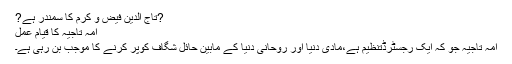
?تاج الدین فیض و کرم کا سمندر ہے?
امہ تاجیہ کا قیام عمل
امہ تاجیہ جو کہ ایک رجسٹرڈتنظیم ہے،مادی دنیا اور روحانی دنیا کے مابین حائل شگاف کوپر کرنے کا موجب بن رہی ہے۔